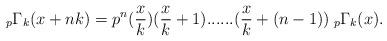
LaTeX: \begin{align*} _{p}\Gamma_{k}(x+nk)= p^{n}(\frac{x}{k})(\frac{x}{k}+1)......(\frac{x}{k}+(n-1))\:_{p}\Gamma_{k}(x).\end{align*}